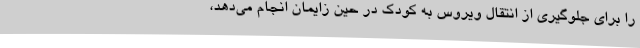
را برای جلوگیری از انتقال ویروس به کودک در حین زایمان انجام می‌دهد،